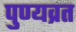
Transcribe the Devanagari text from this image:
पुण्यव्रत